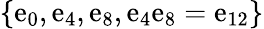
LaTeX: \{ \mathrm{e}_{0},\mathrm{e}_{4},\mathrm{e}_{8},\mathrm{e}_{4}\mathrm{e}_{8}=\mathrm{e}_{12}\}